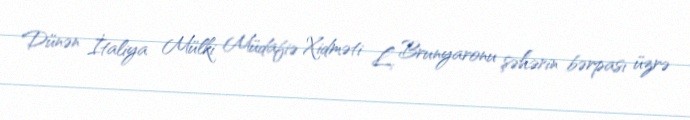
Dünən İtaliya Mülki Müdafiə Xidməti L. Brunyaronu şəhərin bərpası üzrə